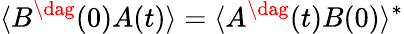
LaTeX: \langle B^{\dag}(0)A(t)\rangle=\langle A^{\dag}(t)B(0)\rangle^{*}